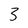
Character: 3